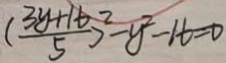
( \frac { 3 y + 1 6 } { 5 } ) ^ { 2 } - y ^ { 2 } - 1 6 = 0